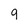
Character: 9